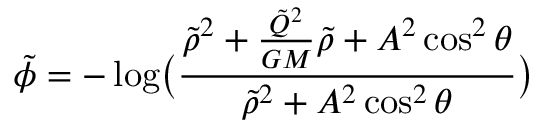
\tilde { \phi } = - \log \bigl ( \frac { \tilde { \rho } ^ { 2 } + \frac { \tilde { Q } ^ { 2 } } { G M } \tilde { \rho } + A ^ { 2 } \cos ^ { 2 } \theta } { \tilde { \rho } ^ { 2 } + A ^ { 2 } \cos ^ { 2 } \theta } \bigr )